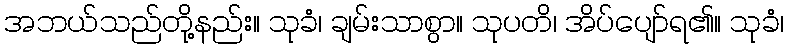
အဘယ်သည်တို့နည်း။ သုခံ၊ ချမ်းသာစွာ။ သုပတိ၊ အိပ်ပျော်ရ၏။ သုခံ၊